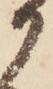
か